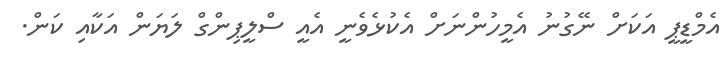
އެމްޑީޕީ އަކަށް ނޭގުނު އެމީހުންނަށް އެކުޅެވެނީ އެއީ ސްލީޕިންގް ލަޔަން އަކާއި ކަން.